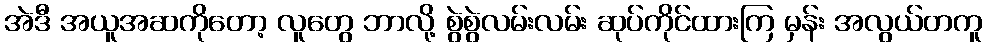
အဲဒီ အယူအဆကိုတော့ လူတွေ ဘာလို့ စွဲစွဲလမ်းလမ်း ဆုပ်ကိုင်ထားကြ မှန်း အလွယ်တကူ